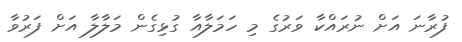
ފުރާނަ އަށް ނުރައްކާ ވަރުގެ މި ހަަމަލާއާ ގުޅިގެން މަލާލާ އަށް ފަރުވާ